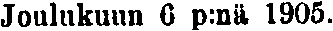
Joulukuun 6 p:nä 1905.